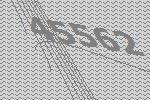
45562